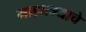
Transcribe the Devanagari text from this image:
माहात्म्याचे